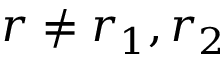
r \neq r _ { 1 } , r _ { 2 }